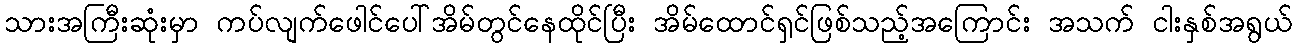
သားအကြီးဆုံးမှာ ကပ်လျက်ဖေါင်ပေါ်အိမ်တွင်နေထိုင်ပြီး အိမ်ထောင်ရှင်ဖြစ်သည့်အကြောင်း အသက် ငါးနှစ်အရွယ်